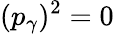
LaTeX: (p_{\gamma})^{2}=0